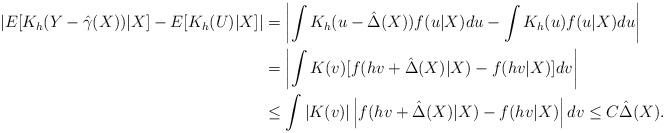
LaTeX: \begin{align*}\left\vert E[K_{h}(Y-\hat{\gamma}(X))|X]-E[K_{h}(U)|X]\right\vert &=\left\vert \int K_{h}(u-\hat{\Delta}(X))f(u|X)du-\int K_{h}(u)f(u|X)du\right\vert \\& =\left\vert \int K(v)[f(hv+\hat{\Delta}(X)|X)-f(hv|X)]dv\right\vert \\& \leq\int\left\vert K(v)\right\vert \left\vert f(hv+\hat{\Delta}(X)|X)-f(hv|X)\right\vert dv\leq C\hat{\Delta}(X).\end{align*}